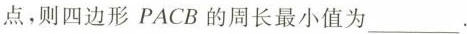
点，则四边形PACB的周长最小值为___。